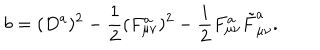
b = ( D ^ { a } ) ^ { 2 } - \frac { 1 } { 2 } ( F _ { \mu \nu } ^ { a } ) ^ { 2 } - \frac { i } { 2 } F _ { \mu \nu } ^ { a } \tilde { F } _ { \mu \nu } ^ { a } .